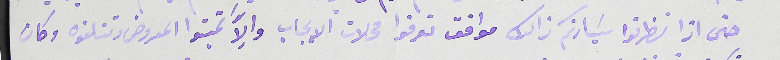
حتى اذا نظرتوا سَيادتكم ذالك موافق تعرفوا محلات الايجاب والاَّ تميتوا المعروض وتتلفوه وكان